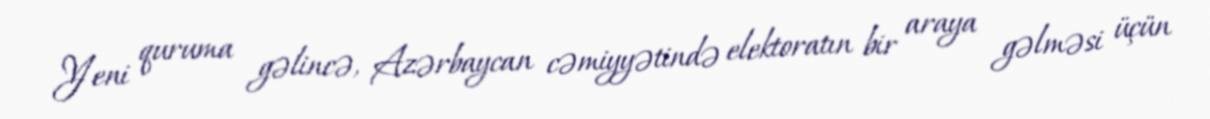
Yeni quruma gəlincə, Azərbaycan cəmiyyətində elektoratın bir araya gəlməsi üçün